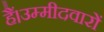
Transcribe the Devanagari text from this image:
हैं।उम्मीदवारों